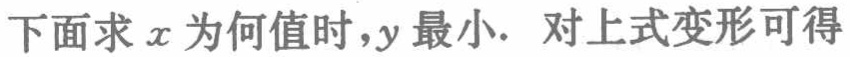
下面求 \(x\) 为何值时，\(y\) 最小. 对上式变形可得